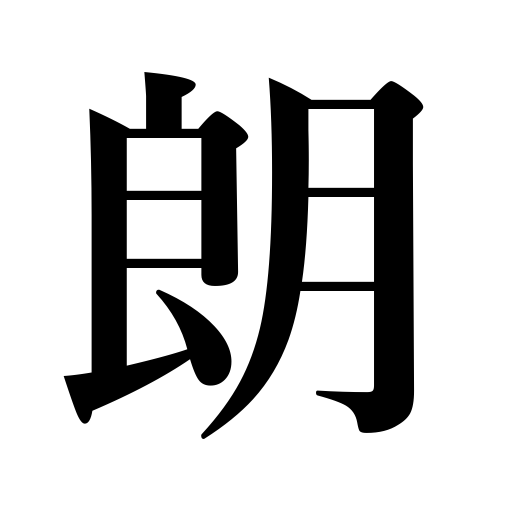
Meanings: clear,bright,sunny,melodious,cheerful,serene